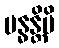
ဗန္ဓန္တိပိ